Scientific memoirs by medical officers of the Army of India - Part XI,
Year: 1898
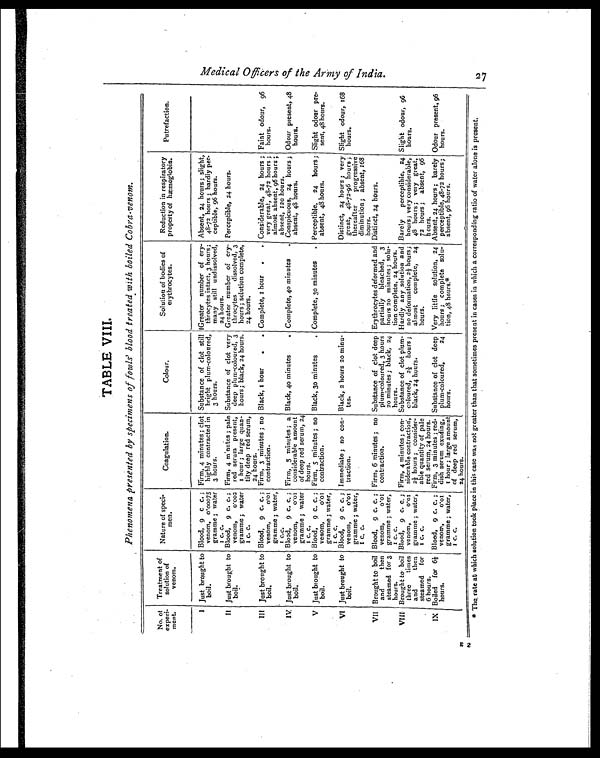
TABLE VIII.
Phenomena presented by specimens of fowls' blood treated with boiled Cobra venom.
No. of-
e x p e r i -
ment.
Treatment of solution of venom.
Nature of speci-
m e n .
Coagulation.
Colour.
Solution of bodies of
erythrocytes.
Reduction in respiratory
property of hæmoglobin.
Putrefaction.
I Just brought to
boil.
Blood, 9 c c;
venom, 0.00075
gramme; water
I c. c.
Firm, 4 minutes; clot
highly contracted in
3 hours.
Substance of clot still
bright plum-coloured,
3 hours.
Greater number of ery-
throcytes intact, 3 hours;
many still undissolved,
24 hours.
Absent, 24 hours; slight,
48-72 hours; hardly per.
ceptible, 96 hours.
II Just brought to
boil.
Blood, 9 c. c.;
venom, 0.002
gramme; water
I c. c.
Firm, 4 minutes; pale
red serum present,
I hour; large quan-
tity deep red serum,
24 hours.
Substance of clot very
deep plum-coloured, 3
hours; black, 24 hours.
Greater number of ery-
throcytes dissolved, 3
hours; solution complete,
24 hours.
Perceptible, 24 hours.
III Just brought to
boil.
Blood, 9 c. c.;
venom, 0.01
gramme; water,
1 c.c.
Firm, 3 minutes; no
contraction.
Black, 1 hour . . Complete, a hour
.
. Considerable, 24 hours;
very great, 48-72 hours;
almost absent, 96 hours;
absent, 120 hours.
Faint odour, 96
hours.
IV Just brought to
boil.
Blood, 9 c. c.;
venom, 0.01
gramme; water
1 c. c.
Firm, 5 minutes; a
considerable amount
of deep red serum, 24
hours.
Black, 40 minutes
Complete, 40 minutes
. Conspicuous, 24 hours;
absent, 48 hours.
Odour present, 48
hours.
V Just brought to
boil.
Blood, 9 c. c.;
venom, 0.01
gramme; water,
I c. c.
Firm, 5 minutes; no
contraction.
Black, 30 minutes
. Complete, 30 minutes
. Perceptible, 24 hours;
absent, 48 hours.
Slight odour pre-
sent, 48 hours.
VI Just brought to
boil.
Blood, 9 c, c.;
venom, 0.01
gramme; water,
1 c. c.
Immediate; no con-
traction.
Black, 2 hours 20 minu-
tes.
Distinct, 24 hours; very
great, 48-72-96 hours;
thereafter progressive
diminution; absent, 168
hours.
Slight odour, 168
hours.
VII Brought to boil
and then
steamed for 3
hours.
Blood, 9 c. c.;
venom, 0.01
gramme; water,
1 c. c.
Firm, 6 minutes; no
contraction.
Substance of clot deep
plum-coloured, 3 hours
20 minutes; black, 24
hours.
Erythrocytes deformed and
partially bleached, 3
hours 20 minutes; solu-
tion complete, 24 hours.
Distinct, 24 hours.
VIII Brought to boil
three times
and then
steamed for
6 hours.
Blood, 9 c. c.;
venom, 0.01
gramme; water,
1 c. c.
Firm, 4 minutes; con-
siderable contraction,
2½ hours; consider-
able quantity of pale
red serum, 24 hours.
Substance of clot plum-
coloured, 2½ hours;
black, 24 hours.
Hardly any solution and
no deformation, 2½ hours;
al most complete, 24
hours.
Barely perceptible, 24
hours; very considerable,
48 hours; very great,
72 hours; absent, 96
hours.
Slight odour, 96
hours.
IX Boiled for 6½
hours.
Blood, 9 c. c.;
venom, 0.01
gramme; water,
1 c. c.
Firm, 3 minutes; red.
dish serum exuding,
1 hour; large amount
of deep red serum,
24 hours.
Substance a clot deep
plum-coloured, 24
hours.
Very little solution, 24
hours; complete solu-
tion, 48 hours.*
Absent, 24 hours; barely
perceptible, 48-72 hours;
absent, 96 hours.
Odour present, 96
hours.
* The, rate at which solution took place in this case was not greater than that sometimes present in cases in which a corresponding ratio of water alone is present.
M e d i c a l o f f i c e r s o f t h e A r m y o f I n d i a .
2 7